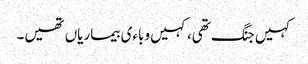
کہیں جنگ تھی، کہیں وباءی بیماریاں تھیں۔